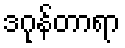
ဒဂုန်တာရာ